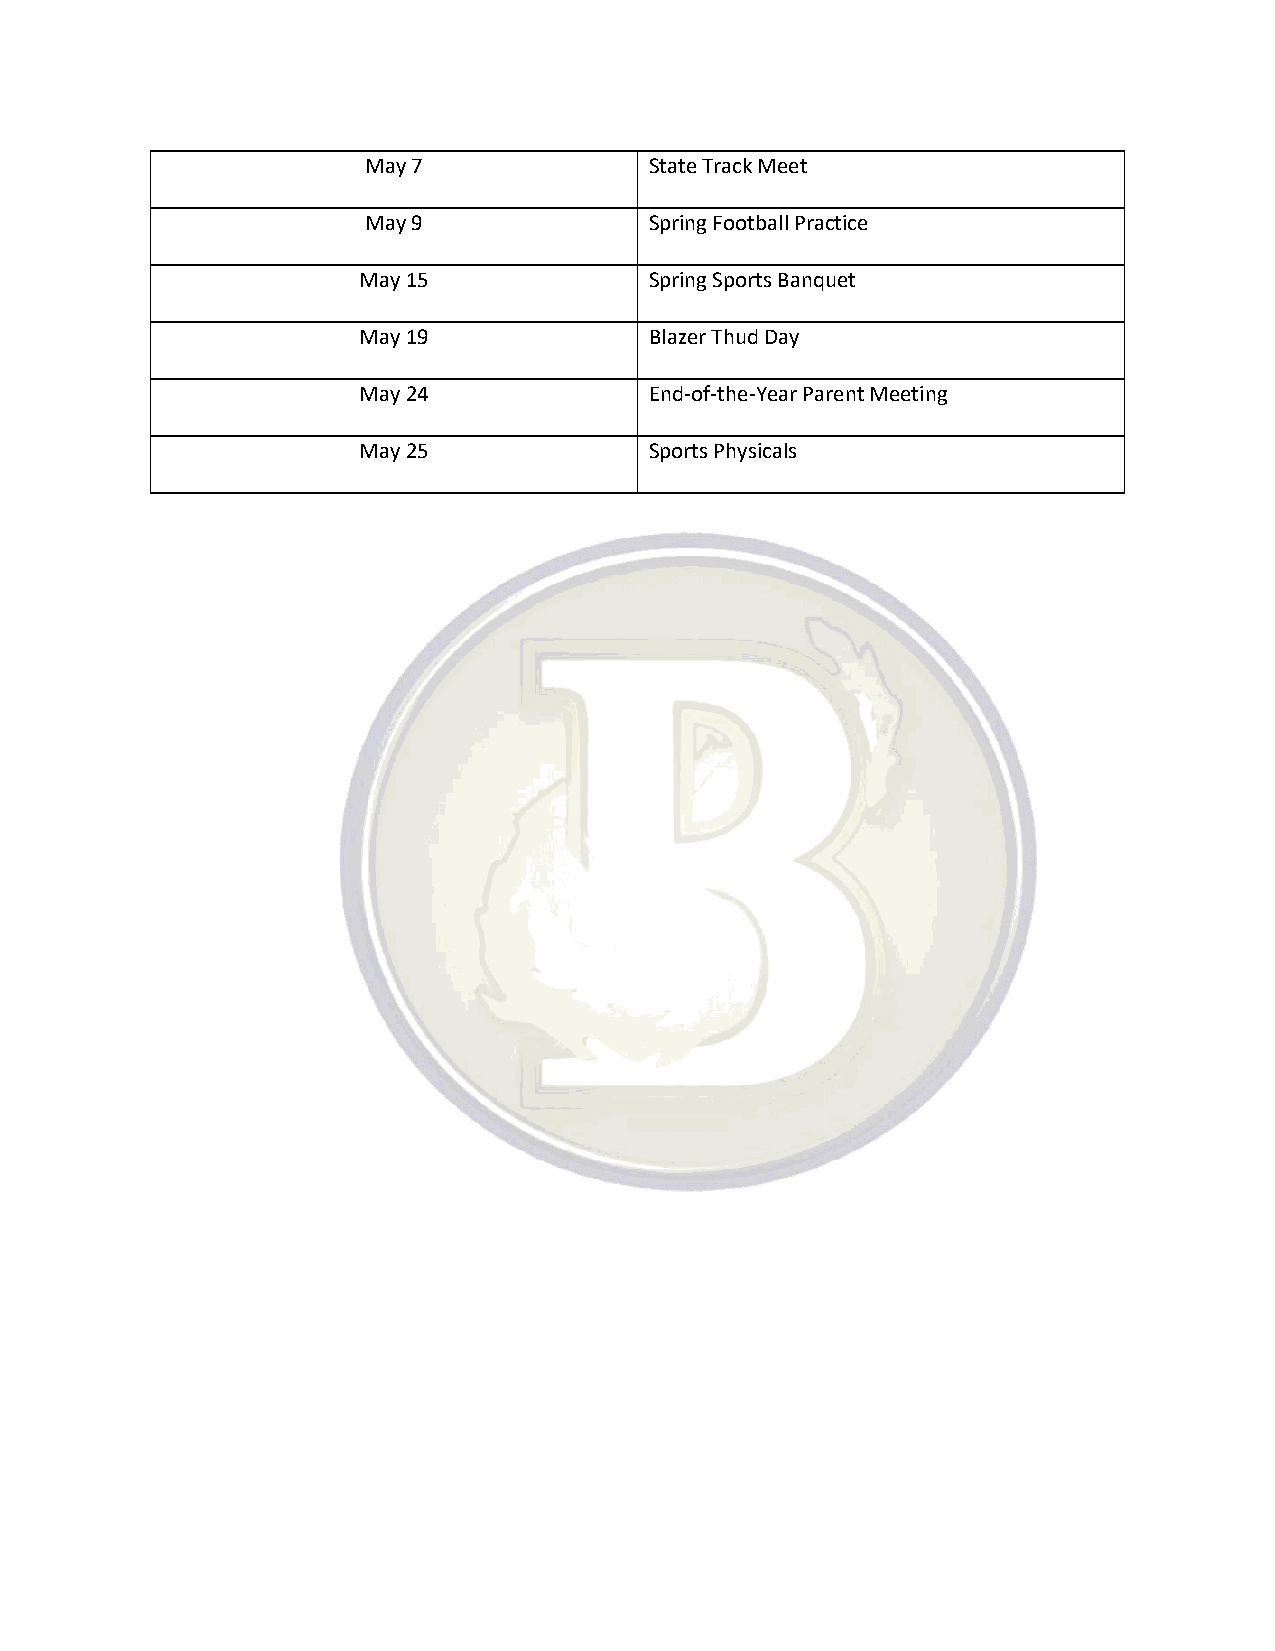
May 7              State Track Meet
 May 9              Spring Football Practice
 May 15             Spring Sports Banquet
 May 19             Blazer Thud Day
 May 24             End-of-the-Year Parent Meeting
 May 25             Sports Physicals